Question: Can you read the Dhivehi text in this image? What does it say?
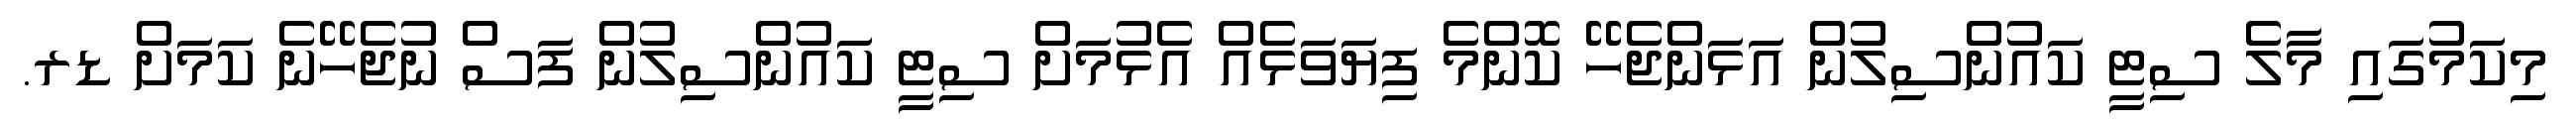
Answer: މިކަމުގައި މާލެ ސިޓީ ކައުންސިލުން އަޅަންޖެހޭ ކޮންމެ ފިޔަވަޅެއް އެޅުމަށް ސިޓީ ކައުންސިލުން ފަސް ނުޖެހޭނެ ކަމަށް ޑރ.